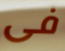
فى